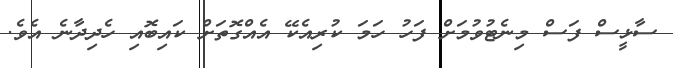
ސާޅީސް ފަސް މިނެޓުވުމަށް ފަހު ހަމަ ކުރިއެކޭ އެއްގޮތަށް ކައިބޮއި ހެދިދާނެ އެވެ.